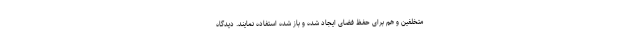
متخلفین و هم برای حفظ فضای ایجاد شده و باز شده استفاده نمایند. دیدگاه